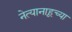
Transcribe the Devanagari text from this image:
नेत्यानाहूच्या